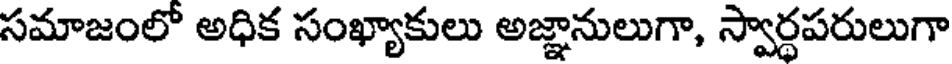
సమాజంలో అధిక సంఖ్యాకులు అజ్ఞానులుగా, స్వార్ధపరులుగా